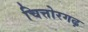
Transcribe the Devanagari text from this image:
चित्तोरगढ़